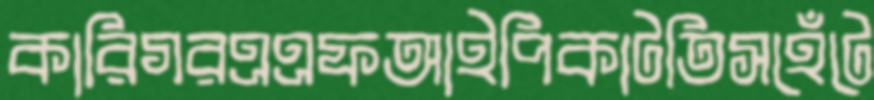
কারিগরএএফআইপিকাটতিসহেঁটে